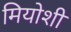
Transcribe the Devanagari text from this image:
मियोशी